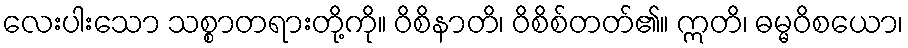
လေးပါးသော သစ္စာတရားတို့ကို။ ဝိစိနာတိ၊ ဝိစိစ်တတ်၏။ ဣတိ၊ ဓမ္မဝိစယော၊